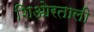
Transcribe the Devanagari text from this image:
शिओरताली